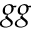
g g